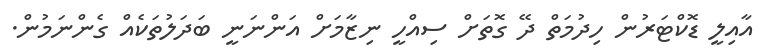
އާއިލީ ޑޮކްޓަރުން ހިދުމަތް ދޭ ގޮތަށް ސިއްހީ ނިޒާމަށް އަންނަނީ ބަދަލުތަކެއް ގެންނަމުން.